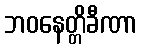
ဘဝနေတ္တိခီဏာ